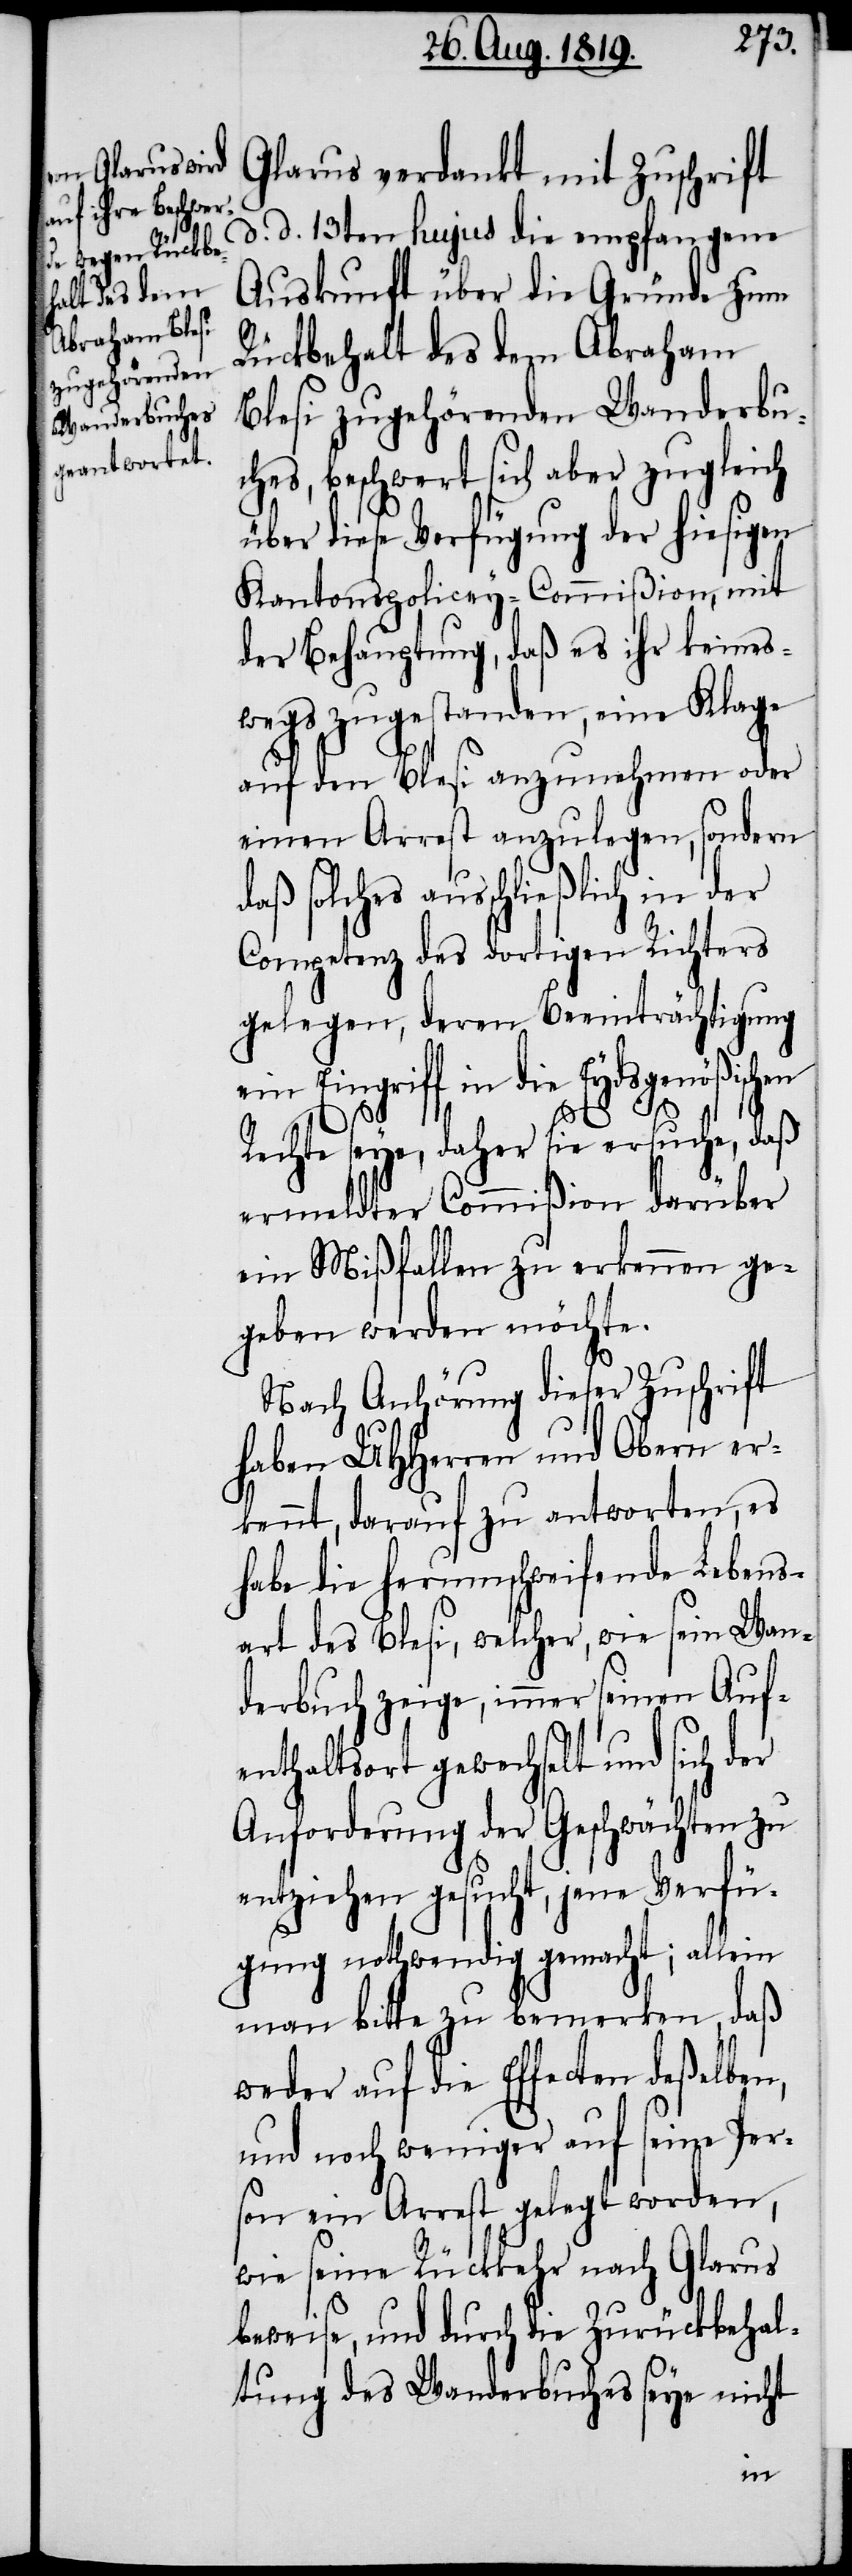
Glarus verdankt mit Zuschrift
d. d. 13ten hujus die empfangene
Auskunft über die Gründe zum
Rückbehalt des dem Abraham
Blesi zugehörenden Wanderbu¬
ches, beschwert sich aber zugleich
über diese Verfügung der hiesigen
Kantonspolicey-Commißion, mit
der Behauptung, daß es ihr keines¬
wegs zugestanden, eine Klage
auf den Blesi anzunehmen oder
Competenz des dortigen Richters
gelegen, deren Beeinträchtigung
Eingriff in die Eydsgenößischen
Rechte seye, daher sie ersuche, daß
ermeldter Commißion, darüber
ein Mißfallen zu erkennen ge¬
geben werden möchte.
Nach Anhörung dieser Zuschrift
haben UHHerren und Obern er¬
kennt, darauf zu antworten, es
habe die herumschweifende Lebens¬
art des Blesi, welcher, wie sein Wan¬
derbuch zeige, immer seinen Auf¬
enthaltsort gewechselt und sich der
Anforderung der Geschwächten zu
entziehen gesucht, jene Verfü¬
gung nothwendig gemacht; allein
man bitte zu bemerken, daß
weder auf die Effecten deßelben,
und noch weniger auf seine Per¬
son ein Arrest gelegt worden,
wie seine Rückkehr nach Glarus
beweise, und durch die Zurückbehal¬
tung des Wanderbuches seye nicht
ein